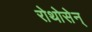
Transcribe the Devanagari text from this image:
रोथोसेन्